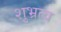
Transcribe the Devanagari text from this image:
शुभ्रत्व